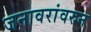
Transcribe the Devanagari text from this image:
जनावरांवरुन